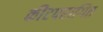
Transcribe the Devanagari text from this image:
कीटपरागित